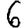
Digit: 6